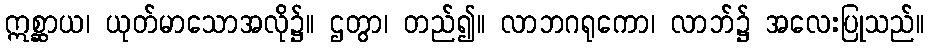
ဣစ္ဆာယ၊ ယုတ်မာသောအလို၌။ ဌတွာ၊ တည်၍။ လာဘဂရုကော၊ လာဘ်၌ အလေးပြုသည်။